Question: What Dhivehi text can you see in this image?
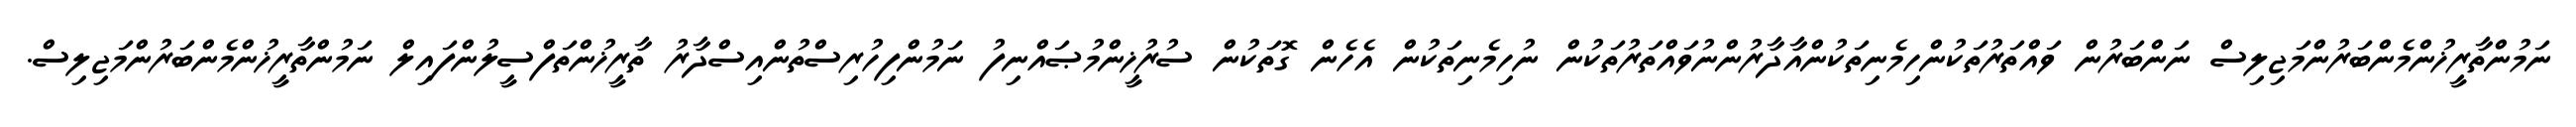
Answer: ނަމުންތާރީޚުންމެންބަރުންމަޖިލިސް ނަންބަރުން ވައްތަރުތަކުންހިމެނިތަކުންއާދާރުންނުވައްތަރުތަކުން ނުހިމެނިތަކުން އެހެން ގޮތަކުން ސުރުޚީންމުޞައްނިފު ނަމުންފިހުރިސްތުންއިސްދާރު ތާރީޚުންތަފްސީލުންފައިލް ނަމުންތާރީޚުންމެންބަރުންމަޖިލިސް.